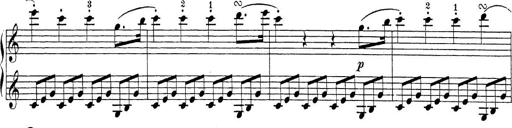
Title: Sonatina Album
Composer: Louis KÃ¶hler